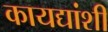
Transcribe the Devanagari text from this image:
कायद्यांशी